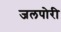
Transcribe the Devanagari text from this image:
जलपोरी